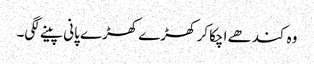
وہ کندھے اچکا کر کھڑے کھڑے پانی پینے لگی۔